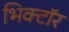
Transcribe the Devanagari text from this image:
भिक्टॉर